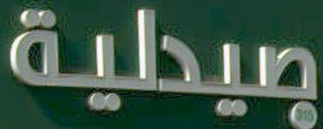
صيدلية